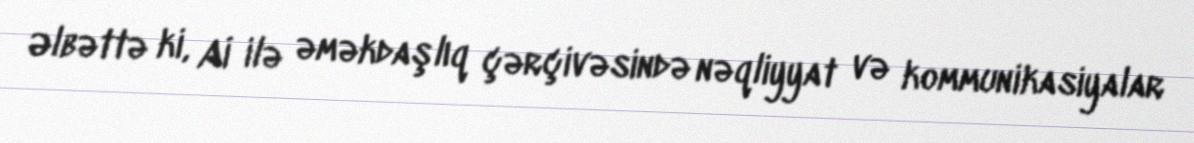
Əlbəttə ki, Aİ ilə əməkdaşlıq çərçivəsində nəqliyyat və kommunikasiyalar